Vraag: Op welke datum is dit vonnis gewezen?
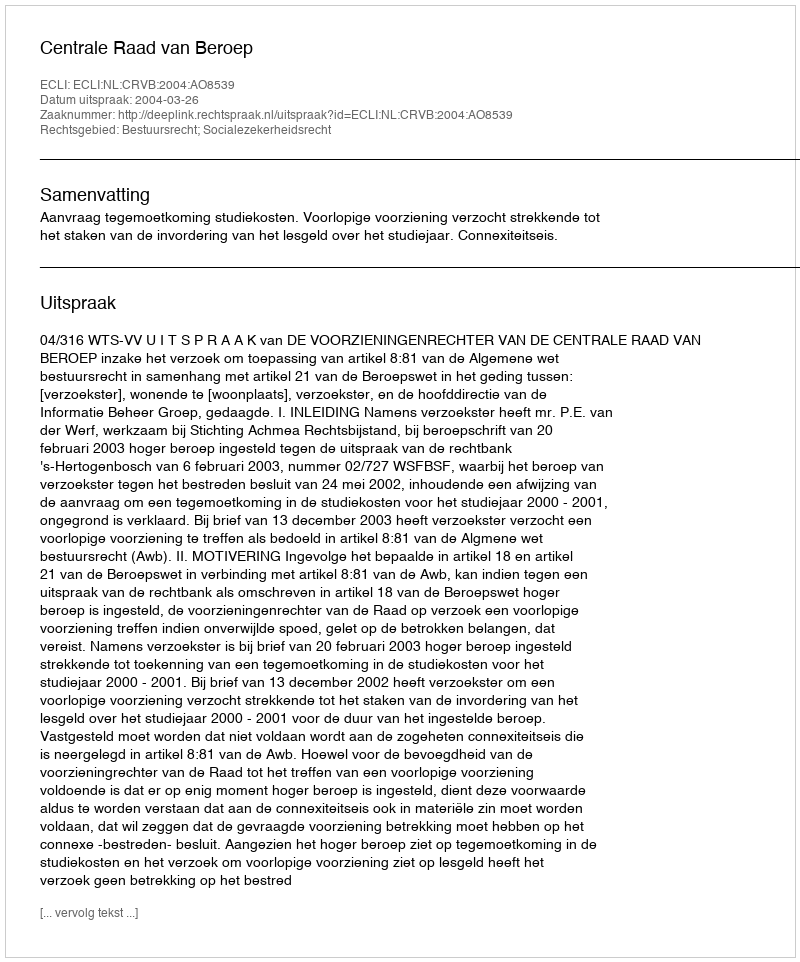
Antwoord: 2004-03-26